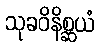
သုခဝိနိစ္ဆယံ